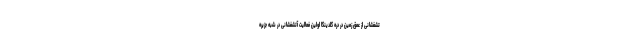
تشفشانی از عمق زمین در دره گلدینگا اولین فعالیت آتشفشانی در شبه جزیره